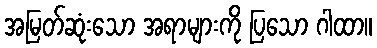
အမြတ်ဆုံးသော အရာများကို ပြသော ဂါထာ။